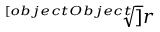
\sqrt [ [object Object] ] { r }